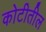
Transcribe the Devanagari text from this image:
कोटीतील